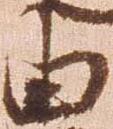
由